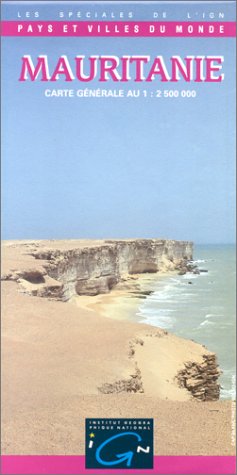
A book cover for Mauritania (Countries & Cities of the World); Ign Mra; Travel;